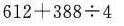
$$6 1 2 + 3 8 8 \div4$$